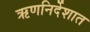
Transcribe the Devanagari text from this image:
ऋणनिर्देशात